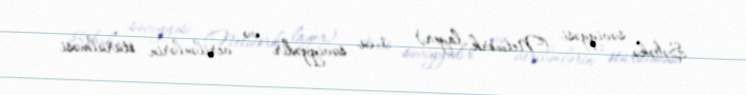
Şəbəkə səviyyəsi (Network layer) – 3-cü səviyyədir və verilənlərin ötürülməsi